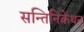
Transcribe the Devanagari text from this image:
सन्तिनिकेथन्